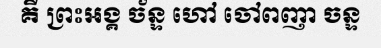
គឺ ព្រះអង្គ ច័ន្ទ ហៅ ចៅពញា ចន្ទ